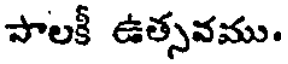
పాలకీ ఉత్సవము.